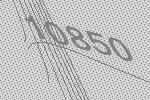
10850